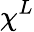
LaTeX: \chi^{L}